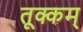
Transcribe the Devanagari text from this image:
तूक्कम्